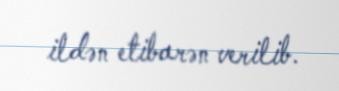
ildən etibarən verilib.